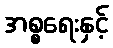
အစ္စရေးနှင့်